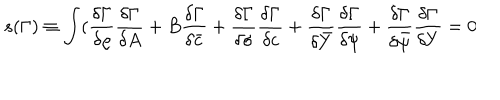
s ( \Gamma ) \equiv \int ( \frac { \delta \Gamma } { \delta \varrho } \frac { \delta \Gamma } { \delta A } + B \frac { \delta \Gamma } { \delta \bar { c } } + \frac { \delta \Gamma } { \delta \sigma } \frac { \delta \Gamma } { \delta c } + \frac { \delta \Gamma } { \delta \bar { Y } } \frac { \delta \Gamma } { \delta \psi } + \frac { \delta \Gamma } { \delta \bar { \psi } } \frac { \delta \Gamma } { \delta Y } = 0